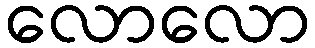
လောလော